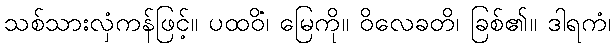
သစ်သားလှံကန်ဖြင့်။ ပထဝိံ၊ မြေကို။ ဝိလေခတိ၊ ခြစ်၏။ ဒါရကံ၊